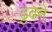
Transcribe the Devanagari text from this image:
ढुढने